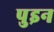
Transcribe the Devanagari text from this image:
पुइन